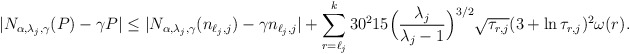
\begin{align*}| N_{\alpha, \lambda_j,\gamma}(P)-\gamma P|\leq |N_{\alpha, \lambda_j,\gamma}(n_{\ell_j,j})-\gamma n_{\ell_j,j}| + \sum_{r=\ell_j}^k 30^2 15 \Big(\frac{\lambda_j}{\lambda_j-1}\Big)^{3/2} \sqrt{\tau_{r,j}}(3+\ln \tau_{r,j})^2 \omega(r).\end{align*}